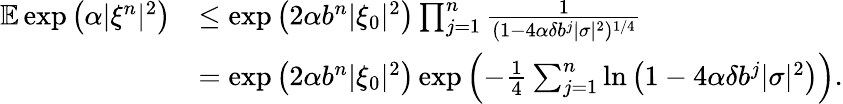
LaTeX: \begin{array}{rl}{\mathbb{E}\exp\left(\alpha|\xi^{n}|^{2}\right)}&{\leq\exp\left(2\alpha b^{n}|\xi_{0}|^{2}\right)\prod_{j=1}^{n}\frac{1}{(1-4\alpha\delta b^{j}|\sigma|^{2})^{1/4}}}\\ &{=\exp\left(2\alpha b^{n}|\xi_{0}|^{2}\right)\exp\left(-\frac{1}{4}\sum_{j=1}^{n}\ln\left(1-4\alpha\delta b^{j}|\sigma|^{2}\right)\right).}\end{array}